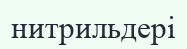
нитрильдері